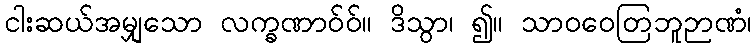
ငါးဆယ်အမျှသော လက္ခဏာဝ်ဝ်။ ဒိသွာ၊ ၍။ သာဝဝေတြဘူဉာဏံ၊